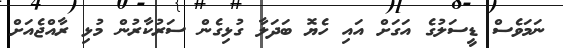
ނަމަވެސް ޑީސަލުގެ އަގަށް އައި ހެޔޮ ބަދަލާ ގުޅިގެން ސަރުކާރުން މުޅި ރާއްޖެއަށް